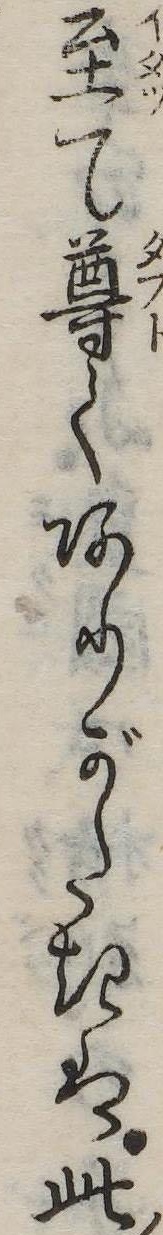
至て尊くありがたきは此